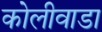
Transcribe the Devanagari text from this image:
कोलीवाडा